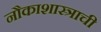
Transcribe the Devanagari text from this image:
नौकाशास्त्राची